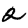
Digit: 2